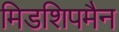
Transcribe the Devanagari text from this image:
मिडशिपमैन